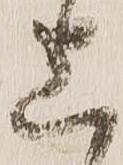
上